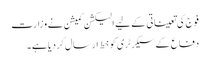
فوج کی تعیناتی کے لیے الیکشن کمیشن نے وزارت
دفاع کے سیکرٹری کو خط ارسال کردیا ہے ۔